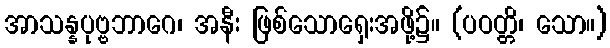
အာသန္နပုဗ္ဗဘာဂေ၊ အနီး ဖြစ်သောရှေးအဖို့၌။ (ပဝတ္တိ၊ သော။)